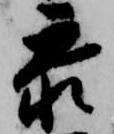
参